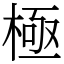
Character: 極